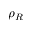
\rho _ { R }